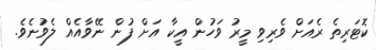
ކޮޓަރިތެ ރެއަށް ވެރިވި މީރު ވަހުން އީކާ އަށް ފުން ނޭވާއެއް ލެވުނެވެ.